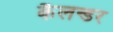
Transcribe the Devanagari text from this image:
कैलन्डर